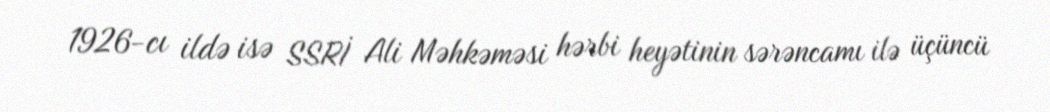
1926-cı ildə isə SSRİ Ali Məhkəməsi hərbi heyətinin sərəncamı ilə üçüncü